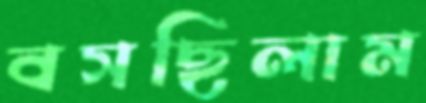
বসছিলাম